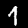
Label: 1